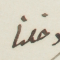
دخلنا